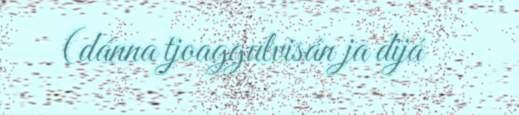
(dánna tjoaggulvisán ja dijá